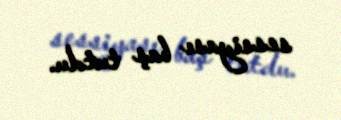
sessiyası baş tutdu.